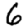
Digit: 6